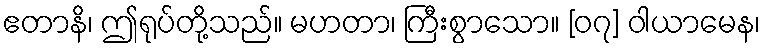
ဧတာနိ၊ ဤရုပ်တို့သည်။ မဟတာ၊ ကြီးစွာသော။ [၀၇] ဝါယာမေန၊